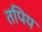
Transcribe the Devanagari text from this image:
तपिय